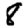
Digit: 8